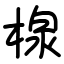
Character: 楾